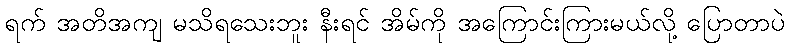
ရက် အတိအကျ မသိရသေးဘူး နီးရင် အိမ်ကို အကြောင်းကြားမယ်လို့ ပြောတာပဲ